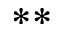
^ { \ast \ast }